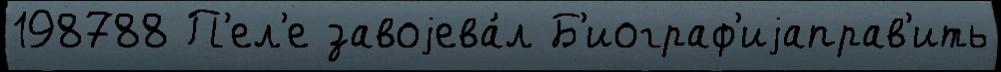
198788 П'ел'е завоjева́л Б'иограф'иjаправ'ить